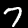
Label: 7